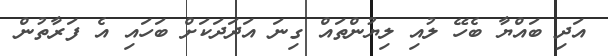
އަދި ބައްޔާ ބެހޭ ލުއި ލިޔުންތައް ގިނަ އަދަދަކަށް ބަހައި އެ ފަރާތުން